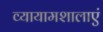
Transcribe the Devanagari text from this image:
व्यायामशालाएं